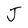
Character: J